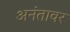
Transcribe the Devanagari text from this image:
अनंतावर